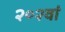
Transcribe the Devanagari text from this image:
२०२वां